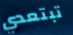
تبتعدي